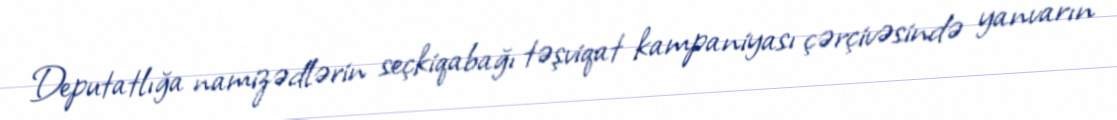
Deputatlığa namizədlərin seçkiqabağı təşviqat kampaniyası çərçivəsində yanvarın